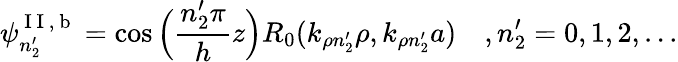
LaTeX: \psi_{n_{2}^{\prime}}^{\mathrm{~I~I~,~b~}}=\cos\Big(\frac{n_{2}^{\prime}\pi}{h}z\Big)R_{0}(k_{\rho n_{2}^{\prime}}\rho,k_{\rho n_{2}^{\prime}}a)\quad,n_{2}^{\prime}=0,1,2,...